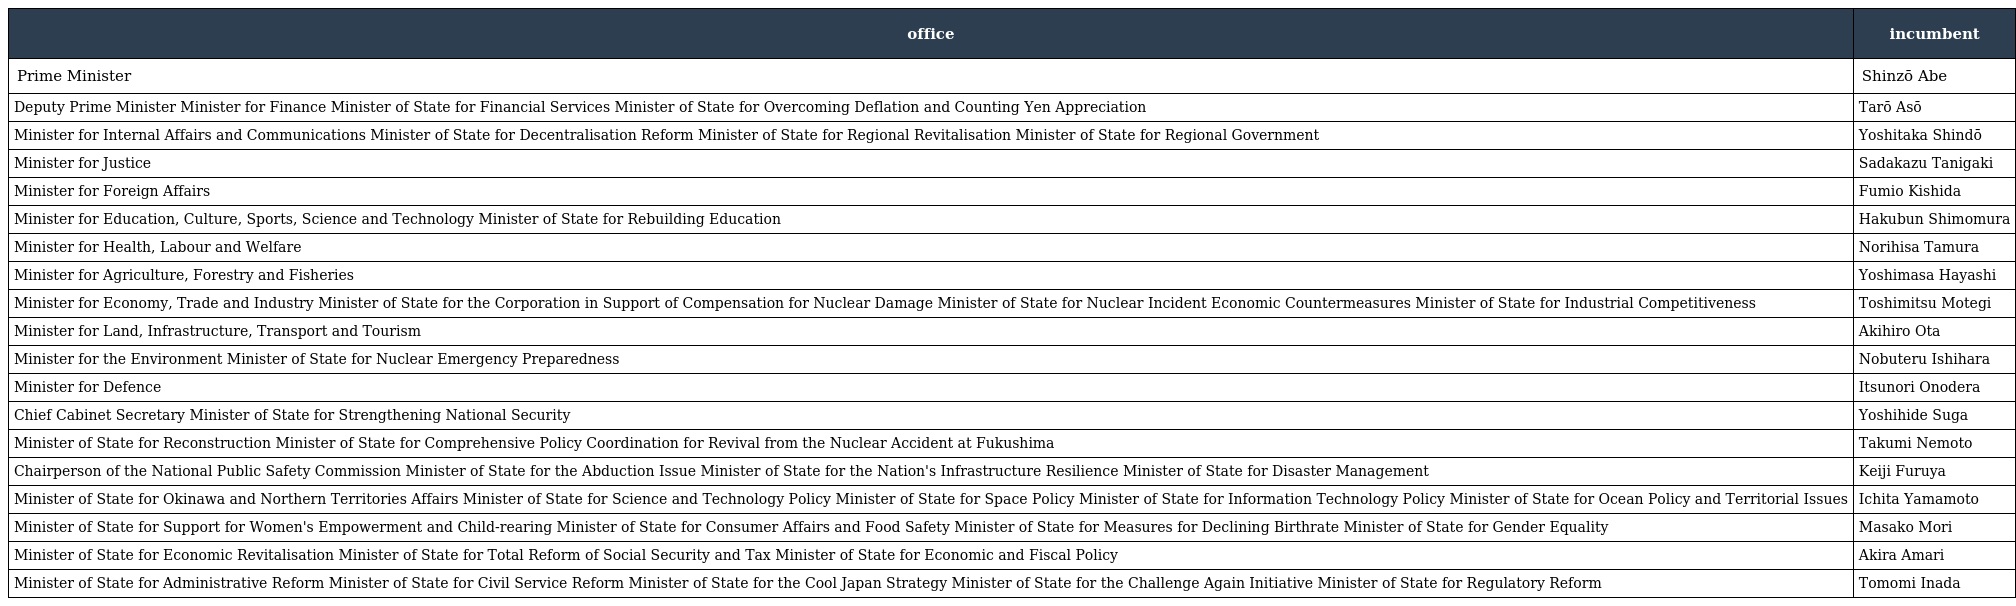
| office | incumbent |
 | --- | --- |
 | Prime Minister | Shinzō Abe |
 | Deputy Prime Minister Minister for Finance Minister of State for Financial Services Minister of State for Overcoming Deflation and Counting Yen Appreciation | Tarō Asō |
 | Minister for Internal Affairs and Communications Minister of State for Decentralisation Reform Minister of State for Regional Revitalisation Minister of State for Regional Government | Yoshitaka Shindō |
 | Minister for Justice | Sadakazu Tanigaki |
 | Minister for Foreign Affairs | Fumio Kishida |
 | Minister for Education, Culture, Sports, Science and Technology Minister of State for Rebuilding Education | Hakubun Shimomura |
 | Minister for Health, Labour and Welfare | Norihisa Tamura |
 | Minister for Agriculture, Forestry and Fisheries | Yoshimasa Hayashi |
 | Minister for Economy, Trade and Industry Minister of State for the Corporation in Support of Compensation for Nuclear Damage Minister of State for Nuclear Incident Economic Countermeasures Minister of State for Industrial Competitiveness | Toshimitsu Motegi |
 | Minister for Land, Infrastructure, Transport and Tourism | Akihiro Ota |
 | Minister for the Environment Minister of State for Nuclear Emergency Preparedness | Nobuteru Ishihara |
 | Minister for Defence | Itsunori Onodera |
 | Chief Cabinet Secretary Minister of State for Strengthening National Security | Yoshihide Suga |
 | Minister of State for Reconstruction Minister of State for Comprehensive Policy Coordination for Revival from the Nuclear Accident at Fukushima | Takumi Nemoto |
 | Chairperson of the National Public Safety Commission Minister of State for the Abduction Issue Minister of State for the Nation's Infrastructure Resilience Minister of State for Disaster Management | Keiji Furuya |
 | Minister of State for Okinawa and Northern Territories Affairs Minister of State for Science and Technology Policy Minister of State for Space Policy Minister of State for Information Technology Policy Minister of State for Ocean Policy and Territorial Issues | Ichita Yamamoto |
 | Minister of State for Support for Women's Empowerment and Child-rearing Minister of State for Consumer Affairs and Food Safety Minister of State for Measures for Declining Birthrate Minister of State for Gender Equality | Masako Mori |
 | Minister of State for Economic Revitalisation Minister of State for Total Reform of Social Security and Tax Minister of State for Economic and Fiscal Policy | Akira Amari |
 | Minister of State for Administrative Reform Minister of State for Civil Service Reform Minister of State for the Cool Japan Strategy Minister of State for the Challenge Again Initiative Minister of State for Regulatory Reform | Tomomi Inada |